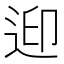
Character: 𨒦